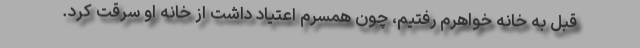
قبل به خانه خواهرم رفتیم، چون همسرم اعتیاد داشت از خانه او سرقت کرد.